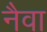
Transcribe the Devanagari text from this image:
नैवा